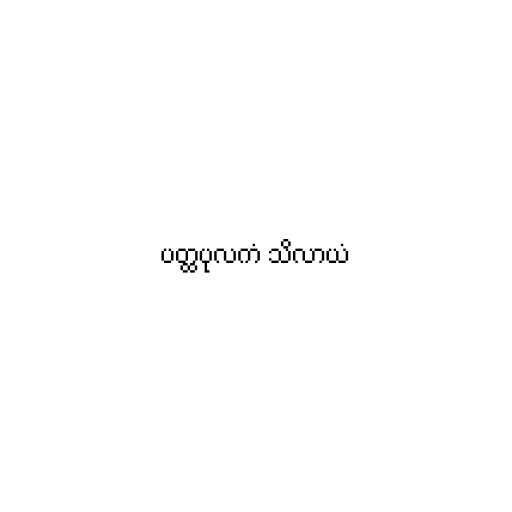
ပတ္ထပုလကံ သိလာယံ